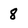
Character: 8